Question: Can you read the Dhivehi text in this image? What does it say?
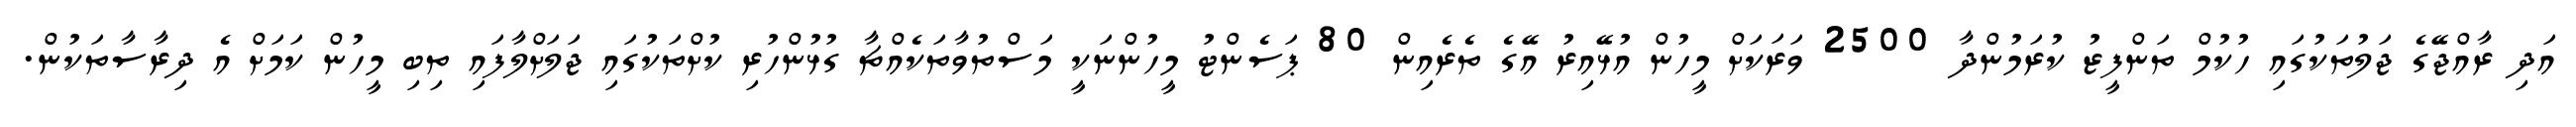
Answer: އަދި ރާއްޖޭގެ ޖަލުތަކުގައި ހުކުމް ތަންފީޒު ކުރަމުންދާ 2500 ވަރަކަށް މީހުން އުޅޭއިރު އޭގެ ތެރެއިން 80 ޕަސެންޓު މީހުންނަކީ މަސްތުވާތަކެއްޗާ ގުޅުންހުރި ކުށްތަކުގައި ޖަލަށްލާފައި ތިބި މީހުން ކަމަށް އެ ދިރާސާތަކުން.